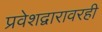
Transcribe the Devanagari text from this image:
प्रवेशद्वारावरही